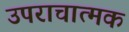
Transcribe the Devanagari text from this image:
उपराचात्मक